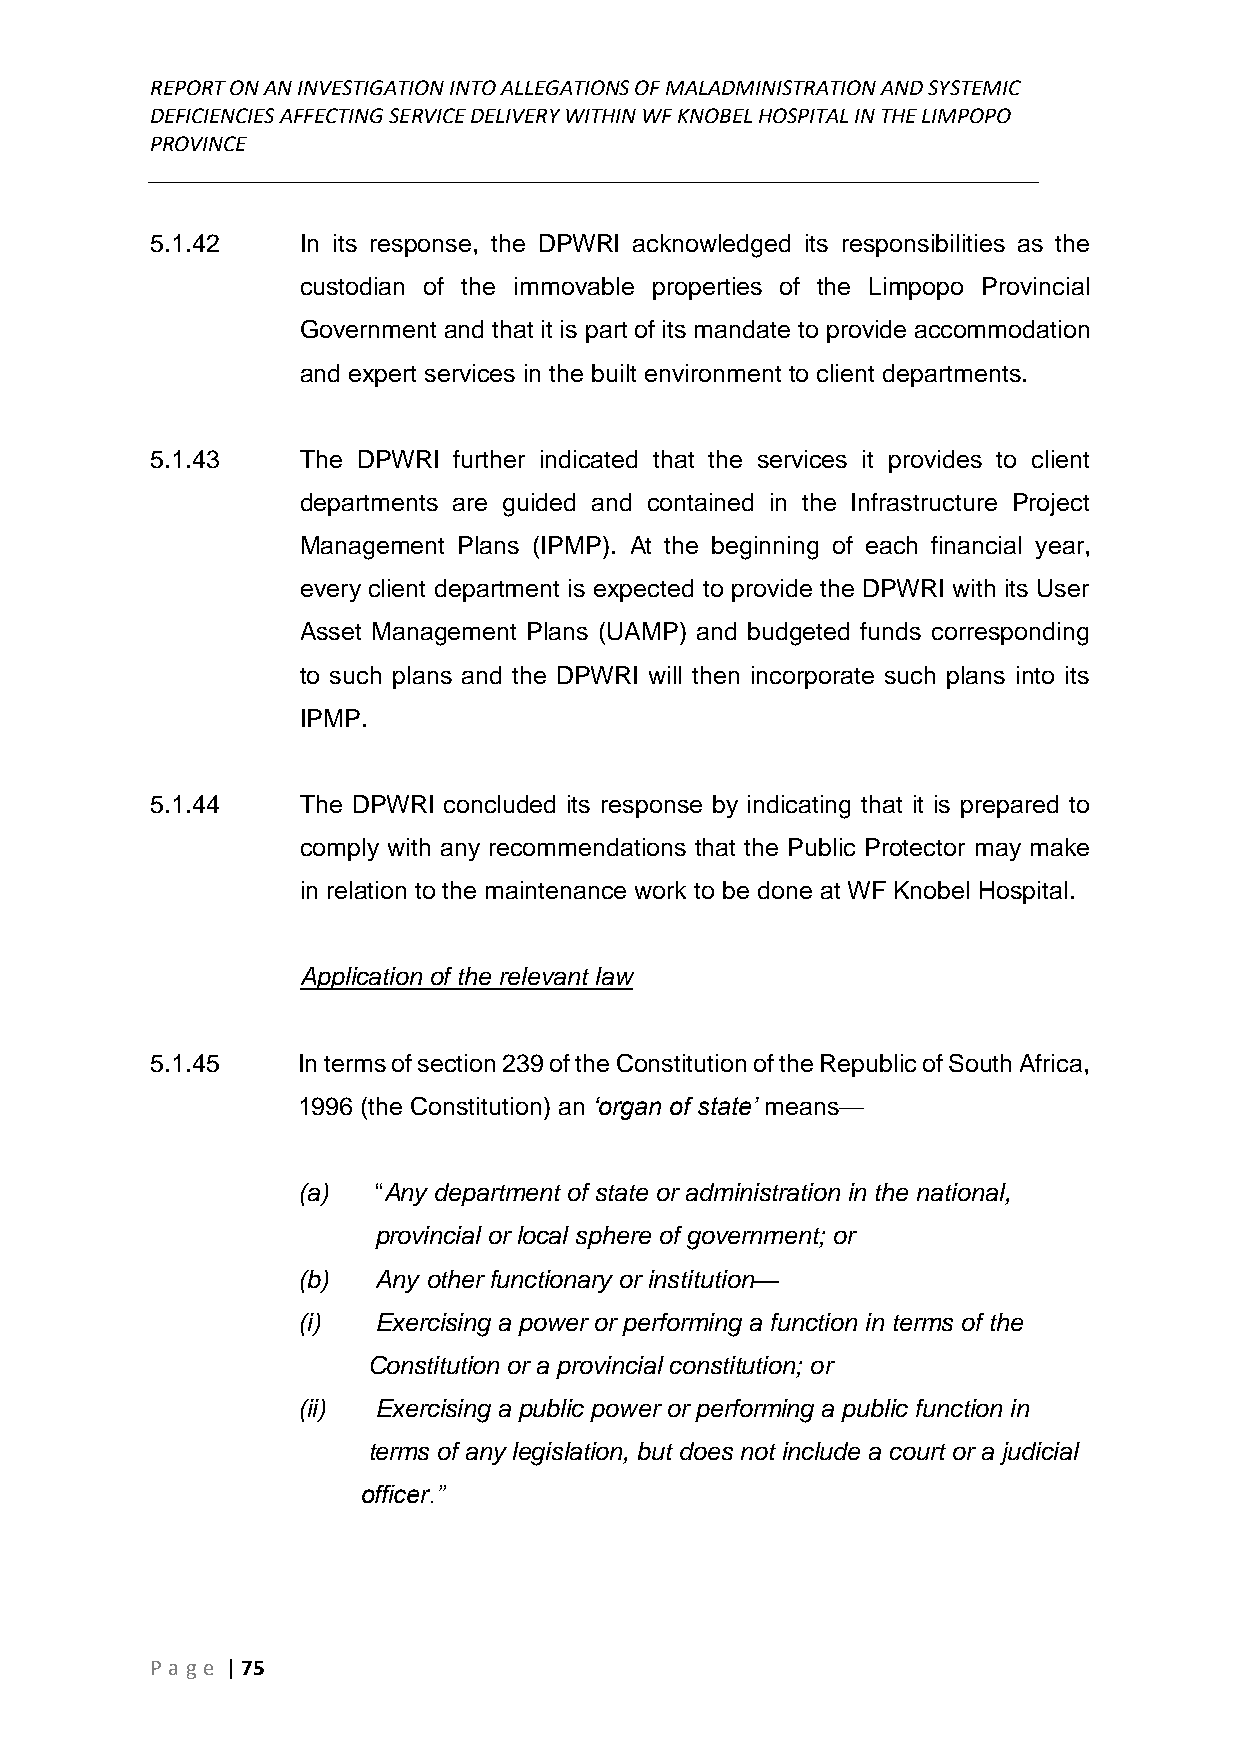
REPORT ON AN INVESTIGATION INTO ALLEGATIONS OF MALADMINISTRATION AND SYSTEMIC
 DEFICIENCIES AFFECTING SERVICE DELIVERY WITHIN WF KNOBEL HOSPITAL IN THE LIMPOPO
 PROVINCE
 ______________________________________________________________________________
 5.1.42    In its response, the DPWRI acknowledged its responsibilities as the
 custodian of the immovable properties of the Limpopo Provincial
 Government and that it is part of its mandate to provide accommodation
 and expert services in the built environment to client departments.
 5.1.43    The DPWRI further indicated that the services it provides to client
 departments are guided and contained in the Infrastructure Project
 Management Plans (IPMP). At the beginning of each financial year,
 every client department is expected to provide the DPWRI with its User
 Asset Management Plans (UAMP) and budgeted funds corresponding
 to such plans and the DPWRI will then incorporate such plans into its
 IPMP.
 5.1.44    The DPWRI concluded its response by indicating that it is prepared to
 comply with any recommendations that the Public Protector may make
 in relation to the maintenance work to be done at WF Knobel Hospital.
 Application of the relevant law
 5.1.45    In terms of section 239 of the Constitution of the Republic of South Africa,
 1996 (the Constitution) an ‘organ of state’ means—
 (a)  “Any department of state or administration in the national,
 provincial or local sphere of government; or
 (b)  Any other functionary or institution—
 (i)  Exercising a power or performing a function in terms of the
 Constitution or a provincial constitution; or
 (ii) Exercising a public power or performing a public function in
 terms of any legislation, but does not include a court or a judicial
 officer.”
 P age | 75